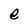
Character: e